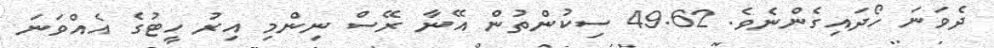
ދެވަނަ ހޯދައިގެންނެވެ. 49.62 ސިކުންތުން އޭނާ ރޭސް ނިންމި އިރު ހީޓުގެ އެއްވަނަ